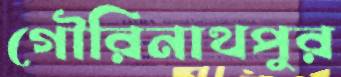
গৌরিনাথপুর